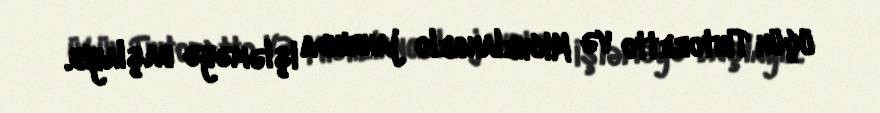
üçün Tintoretto və Michelangelo janrında işləməyə başlayıb.